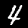
Digit: 4